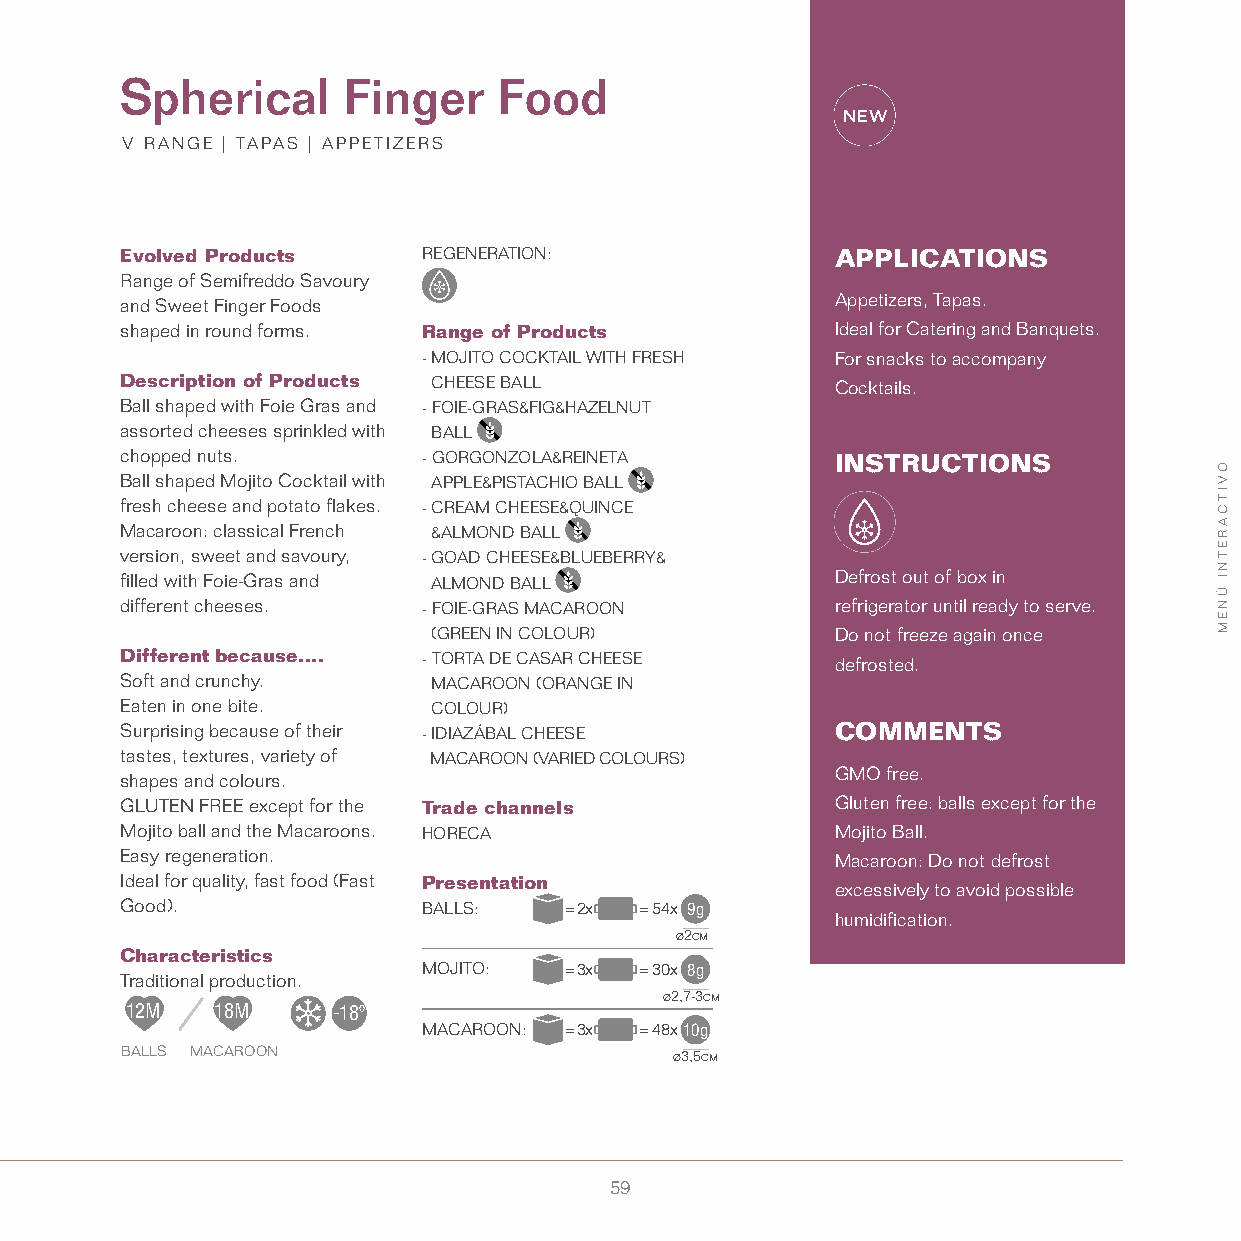
Spherical      Finger    Food
 V RANGE | TAPAS | APPETIZERS
 Evolved Products    REGENERATION:              APPLICATIONS
 Range of Semifreddo Savoury
 and Sweet Finger Foods                         Appetizers, Tapas.
 shaped in round forms. Range of Products       Ideal for Catering and Banquets.
 - MOJITO COCKTAIL WITH FRESH For snacks to accompany
 Description of Products CHEESE BALL            Cocktails.
 Ball shaped with Foie Gras and - FOIE-GRAS&FIG&HAZELNUT
 assorted cheeses sprinkled with BALL
 chopped nuts.       - GORGONZOLA&REINETA       INSTRUCTIONS
 Ball shaped Mojito Cocktail with APPLE&PISTACHIO BALL
 fresh cheese and potato flakes. - CREAM CHEESE&QUINCE
 Macaroon: classical French &ALMOND BALL
 version, sweet and savoury, - GOAD CHEESE&BLUEBERRY&
 filled with Foie-Gras and ALMOND BALL          Defrost out of box in
 different cheeses.  - FOIE-GRAS MACAROON       refrigerator until ready to serve.
 (GREEN IN COLOUR)         Do not freeze again once
 Different because.... - TORTA DE CASAR CHEESE  defrosted.
 Soft and crunchy.    MACAROON (ORANGE IN
 Eaten in one bite.   COLOUR)
 Surprising because of their - IDIAZÁBAL CHEESE COMMENTS
 tastes, textures, variety of MACAROON (VARIED COLOURS)
 GMO free.
 shapes and colours.
 GLUTEN FREE except for the Trade channels      Gluten free: balls except for the
 Mojito ball and the Macaroons. HORECA          Mojito Ball.
 Easy regeneration.                             Macaroon: Do not defrost
 Ideal for quality, fast food (Fast Presentation
 excessively to avoid possible
 Good).              BALLS:   = 2x = 54x 9g
 humidification.
 ø2cm
 Characteristics
 MOJITO:  = 3x = 30x 8g
 Traditional production.
 ø2,7-3cm
 12M   18M     -18º
 MACAROON: = 3x = 48x10g
 BALLS MACAROON                       ø3,5cm
 59
 OVITCARETNI
 ÚNEM